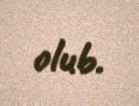
olub.